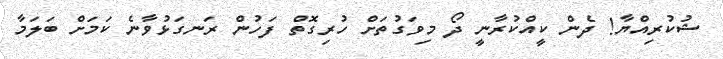
ޝުކުރިއްޔާ! ދެން ކީއްކުރާނީ ދޯ މިވަގުތަށް ހުރިގޮތް ފަހުން ރަނގަޅުވާނެ ކަމަށް ބަލަމާ